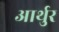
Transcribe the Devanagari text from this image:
आर्थुर